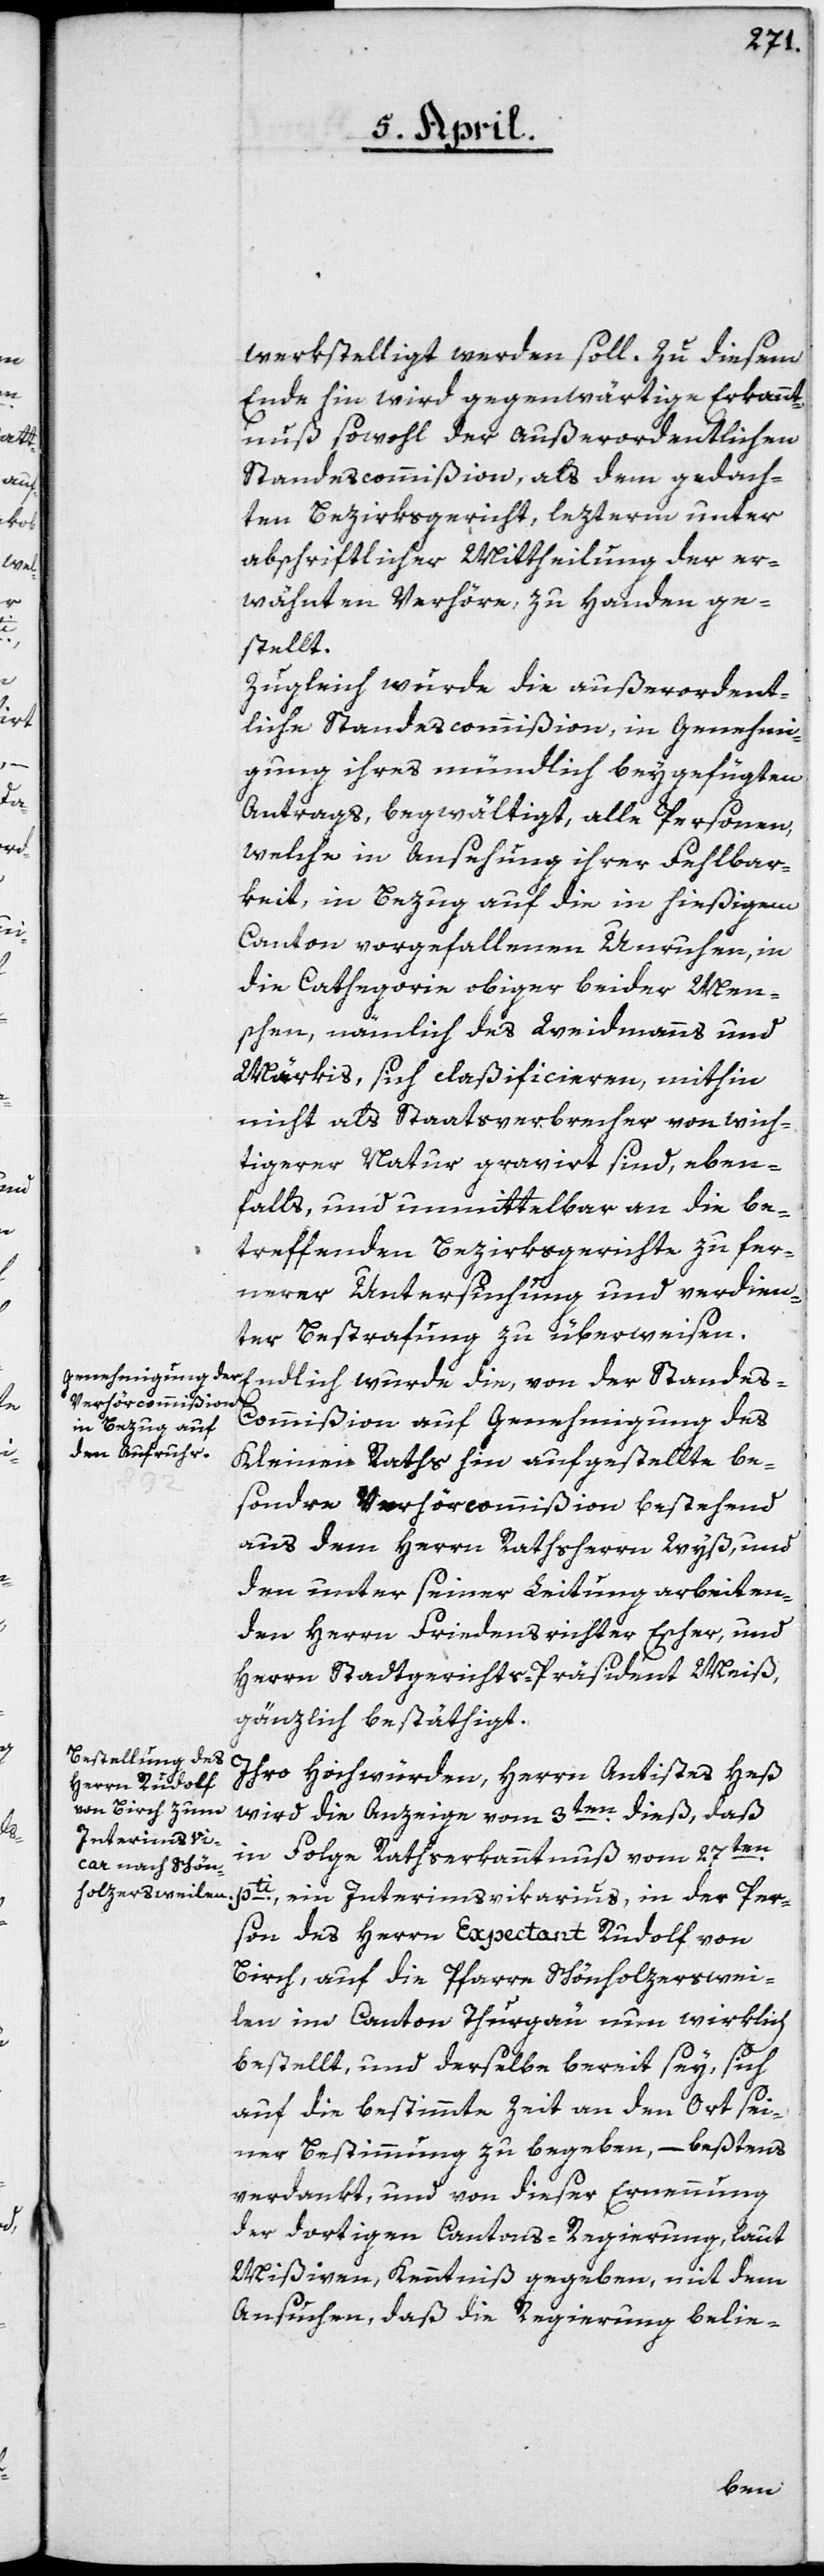
Stande¬
werkstelligt werden soll. Zu diesem
Ende hin wird gegenwärtige Erkannt¬
nuß sowohl der außerordentlichen
Standescommißion, als dem gedach¬
ten Bezirksgericht, lezterm unter
abschriftlicher Mittheilung der er¬
wähnten Verhöre, zu Handen ge¬
stellt.
Zugleich wurde die außerordent¬
liche Standescommißion, in Genehmi¬
gung ihres mündlich beygefügten
Antrags, begwältigt, alle Personen,
welche in Ansehung ihrer Fehlbar¬
keit, in Bezug auf die in hiesigem
Canton vorgefallenen Unruhen, in
die Cathegorie obiger beider Men¬
schen, nämlich des Weidmanns und
Märkis, sich claßificieren, mithin
nicht als Staatsverbrecher von wich¬
tigerer Natur gravirt sind, eben¬
falls und unmittelbar an die be¬
treffenden Bezirksgerichte zu fer¬
nerer Untersuchung und verdien¬
ter Bestrafung zu überweisen.
s-Commißion auf Genehmigung des
Kleinen Raths hin aufgestellte be¬
sondre Verhörcommißion, bestehend
aus dem Herrn Rathsherrn Wyß, und
den unter seiner Leitung arbeiten¬
den Herrn Friedensrichter Escher, und
Herrn Stadtgerichts-Präsident Meiß,
gänzlich bestäthigt.
Ihro Hochwürden, Herrn Antistes Heß,
wird die Anzeige vom 3ten dieß, daß
in Folge Ratserkanntnuß vom 27ten
pti, ein Interimsvikarius, in der Per¬
son des Herrn Expectant Rudolf von
Birch, auf die Pfarre Schönholzerswei¬
len im Canton Thurgau nun wirklich
bestellt, und derselbe bereit sey, sich
auf die bestimmte Zeit an den Ort sei¬
ner Bestimmung zu begeben, – beßtens
verdankt, und von dieser Ernennung
der dortigen Cantons-Regierung, laut
Mißiven, Kenntniß gegeben, mit dem
Ansuchen, daß die Regierung belie-